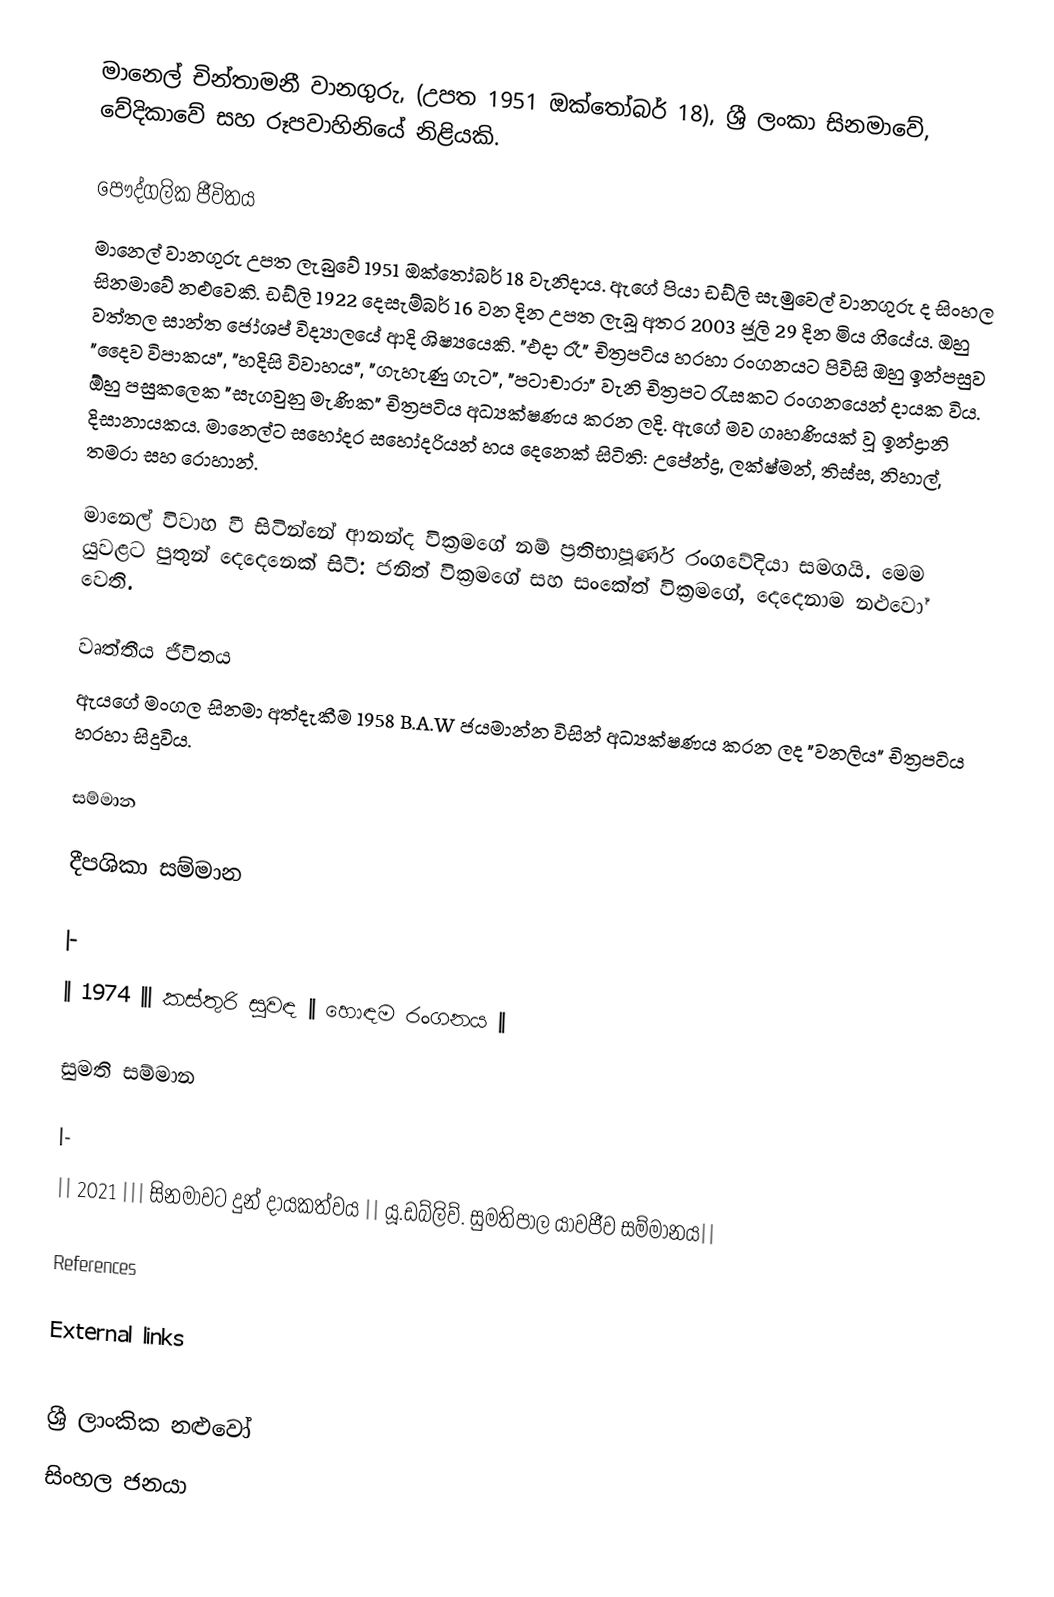
මානෙල් චින්තාමනී වානගුරු, (උපත 1951 ඔක්තෝබර් 18), ශ්‍රී ලංකා සිනමාවේ, වේදිකාවේ සහ රූපවාහිනියේ නිළියකි.

පෞද්ගලික ජීවිතය
මානෙල් වානගුරු උපත ලැබුවේ 1951 ඔක්තෝබර් 18 වැනිදාය. ඇගේ පියා ඩඩ්ලි සැමුවෙල් වානගුරු ද සිංහල සිනමාවේ නළුවෙකි. ඩඩ්ලි 1922 දෙසැම්බර් 16 වන දින උපත ලැබූ අතර 2003 ජූලි 29 දින මිය ගියේය. ඔහු වත්තල සාන්ත ජෝශප් විද්‍යාලයේ ආදි ශිෂ්‍යයෙකි. "එදා රෑ" චිත්‍රපටිය හරහා රංගනයට පිවිසි ඔහු ඉන්පසුව "දෛව විපාකය", "හදිසි විවාහය", "ගැහැණු ගැට", "පටාචාරා" වැනි චිත්‍රපට රැසකට රංගනයෙන් දායක විය. ඕහු පසුකලෙක "සැගවුනු මැණික" චිත්‍රපටිය අධ්‍යක්ෂණය කරන ලදි. ඇගේ මව ගෘහණියක් වූ ඉන්ද්‍රානි දිසානායකය. මානෙල්ට සහෝදර සහෝදරියන් හය දෙනෙක් සිටිති: උපේන්ද්‍ර, ලක්ෂ්මන්, තිස්ස, නිහාල්, තමරා සහ රොහාන්.

මානෙල් විවාහ වී සිටින්නේ ආනන්ද වික්‍රමගේ නම් ප්‍රතිභාපූර්ණ රංගවේදියා සමගයි. මෙම යුවළට පුතුන් දෙදෙනෙක් සිටී: ජනිත් වික්‍රමගේ සහ සංකේත් වික්‍රමගේ, දෙදෙනාම නළුවෝ වෙති.

වෘත්තීය ජීවිතය
ඇයගේ මංගල සිනමා අත්දැකීම 1958 B.A.W ජයමාන්න විසින් අධ්‍යක්ෂණය කරන ලද "වනලිය" චිත්‍රපටිය හරහා සිදුවිය.

සම්මාන

දීපශිකා සම්මාන

|-
|| 1974 ||| කස්තුරි සුවඳ || හොඳම රංගනය  ||

සුමති සම්මාන

|-
|| 2021 ||| සිනමාවට දුන් දායකත්වය || යූ.ඩබ්ලිව්. සුමතිපාල යාවජීව සම්මානය||

References

External links

ශ්‍රී ලාංකික නළුවෝ
සිංහල ජනයා